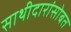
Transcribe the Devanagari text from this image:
साथीदारांसोबत